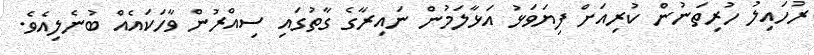
ރުހައިލު ހުރިތަނުން ކުރިއަށް ފިޔަވަޅު އަޅާލަމުން ނައިރާގެ ގާތުގައި ސިއްރުން ވާހަކައެއް ބުނެލިއެވެ.